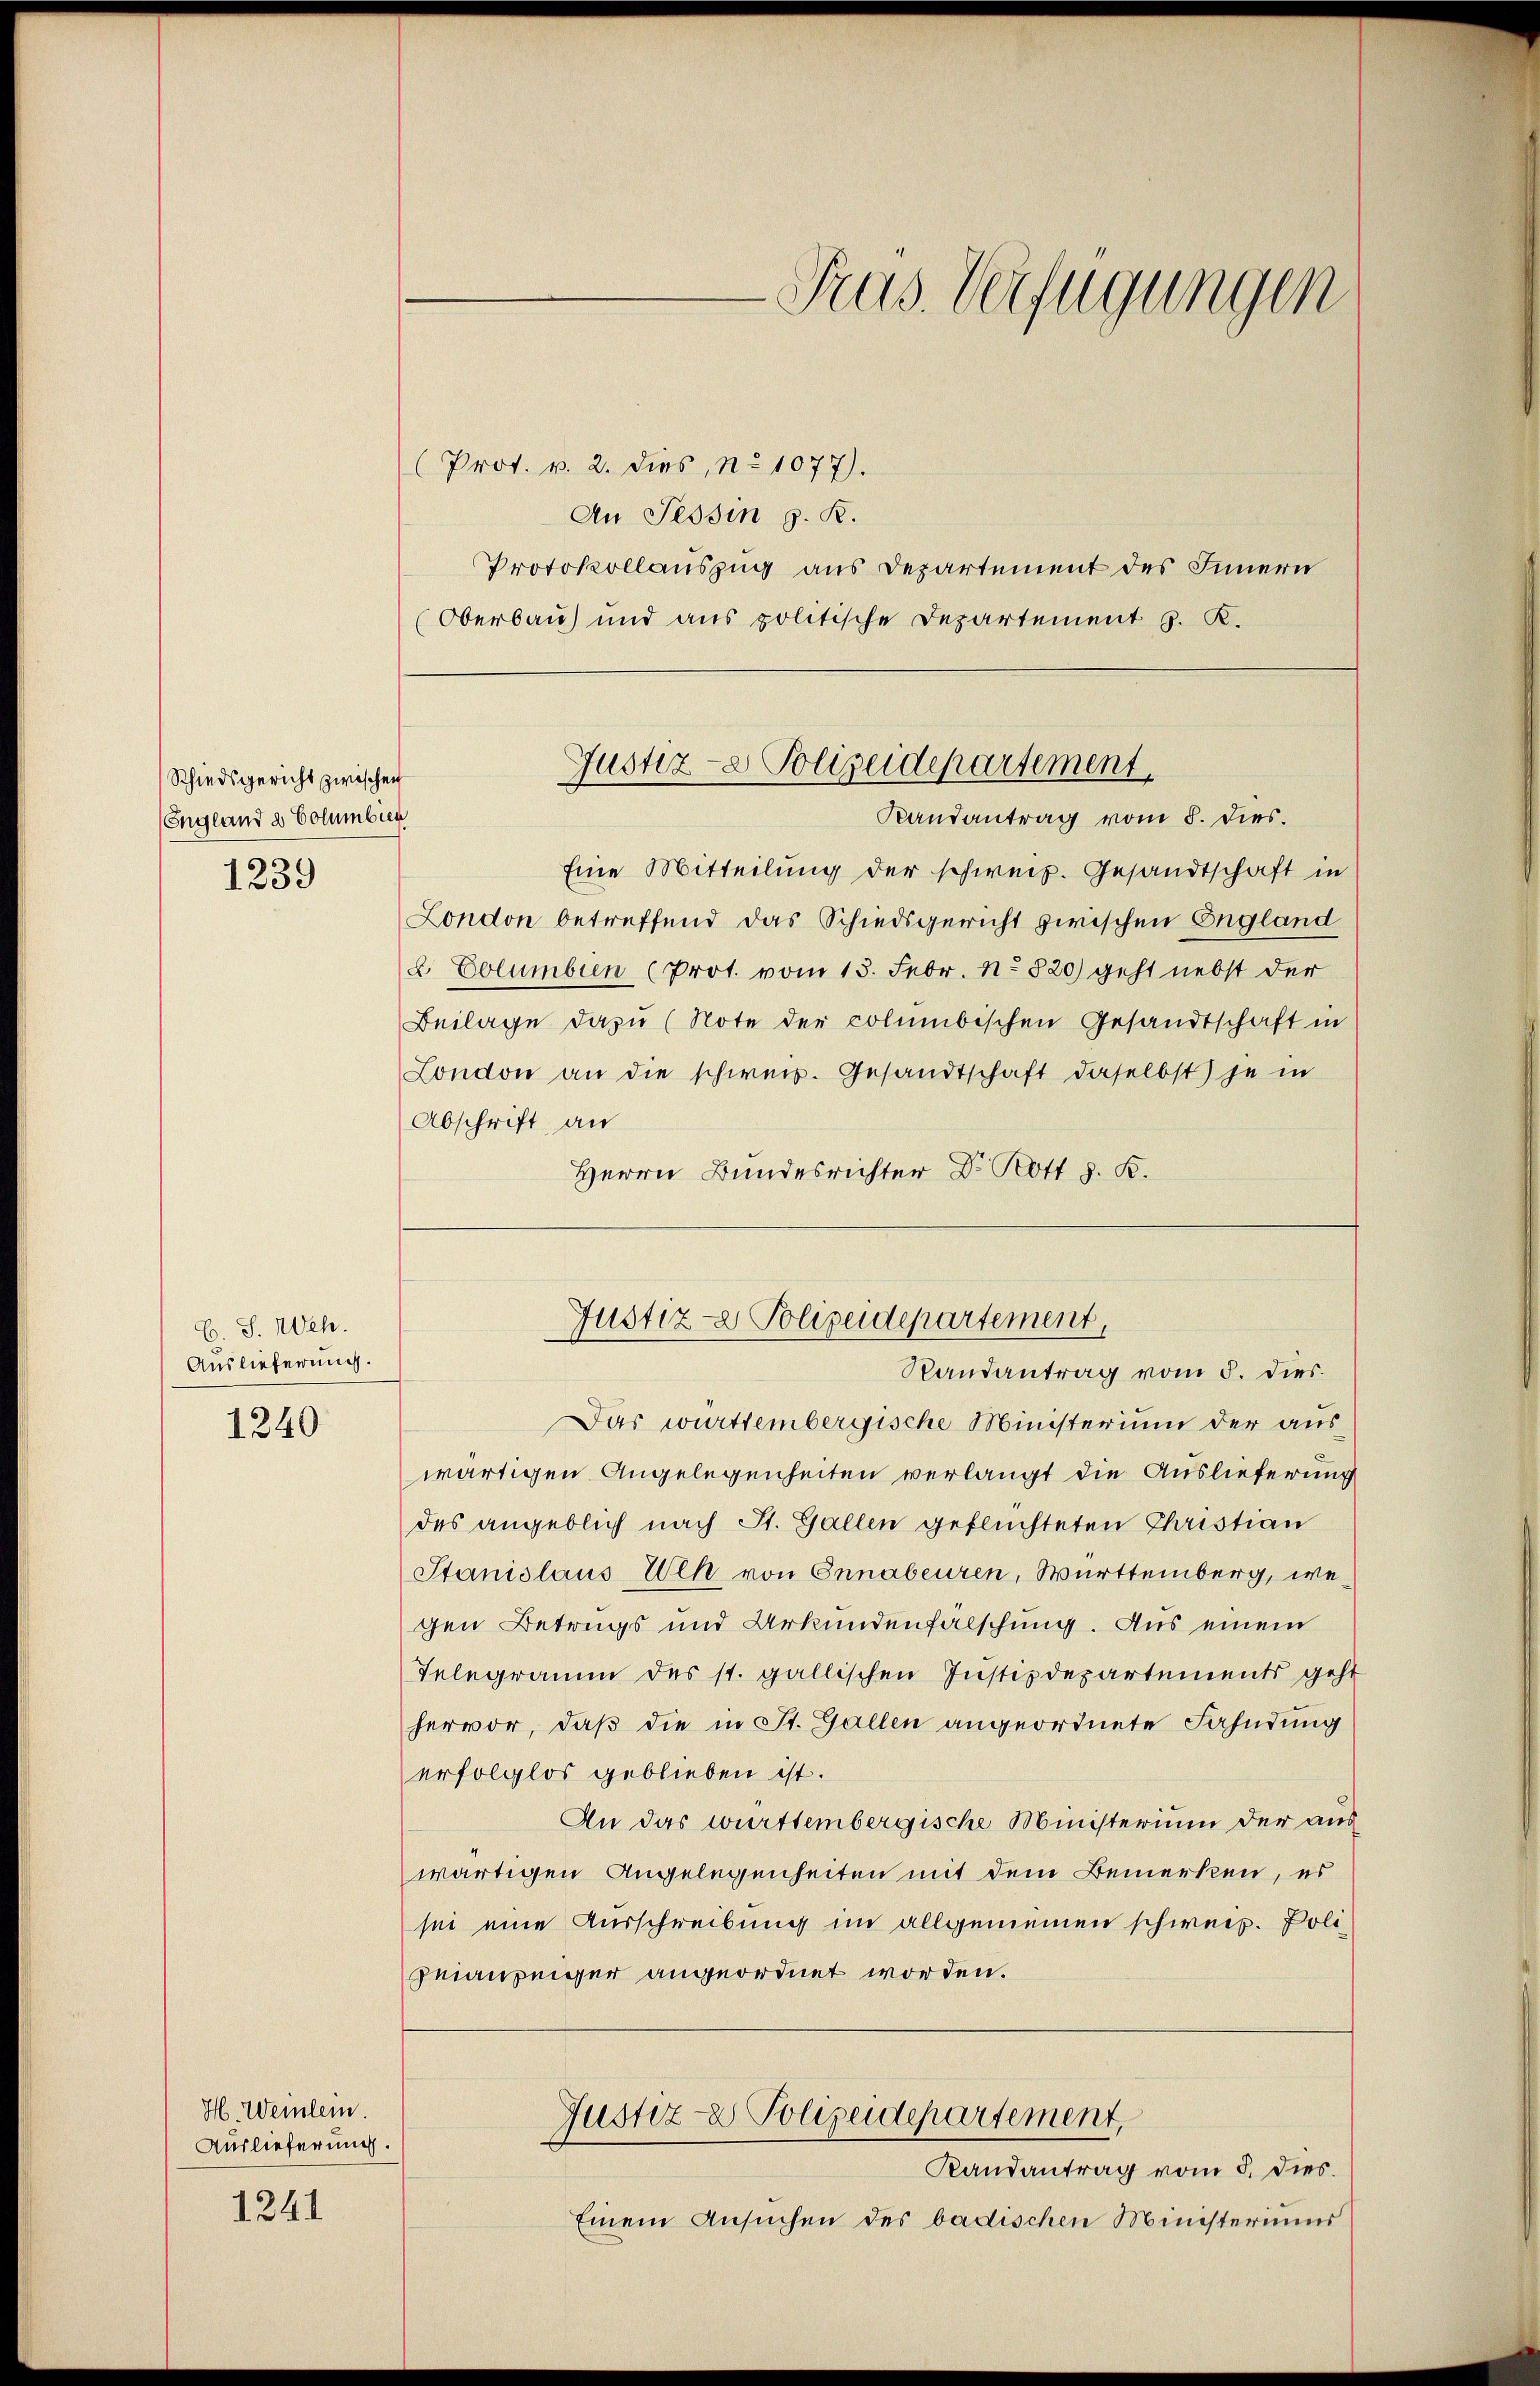
Schiedsgericht zwischen
England des Columbieg
1239

C. S. Neh.
Auslieferung.

1240

H. Weinlein.
Auslieferung.

1241

(Prot. v. 2. dies, n. 1077).
An Tessin z. R.
Protokollauszug aus Departement des Innern
Oberbau und aus politische Departement S. K.

Eine Mitteilung der schweiz. Gesandtschaft in
London betreffend das Schiedsgericht zwischen England
2 Eolumbien (Prot. vom 13. Febr. No 820) geht nebst der
Beilage dazŭ (Note der columbischen Gesandtschaft in
London an die schweiz. Gesandtschaft daselbst je in
Abschrift an
Herrn Bundesrichter Dr. Rott J. K.

Tras. Verfügungen

Justiz- & Polizeidepartement,
Randantrag vom 8. dies

Justiz- & Polizeidepartement
Randantrag vom 5. dies

Das württembergische Ministerium der auswärtigen Angelegenheiten verlangt die Auslieferung
des angeblich nach St. Gallen geflüchteten Christian
Stanislaus Ulk von Ennabeuren, Württemberg, wegen Betrugs und Urkundenfälschung. Aus einem
Telegramm des st. gallischen Instizdepartements geht
hervor, daß die in St. Gallen angeordnete Fahndung
erfolglos geblieben ist.
An das württembergische Ministerium der aus
wärtigen Angelegenheiten mit dem Bemerken, es
sei eine Ausschreibung im allgemeinen schweiz. Poli¬
Geauzeiger angeordnet worden.
Justiz- & Polizeidepartement,
Randantrag vom 5. dies.
Einem Ansuchen des badischen Ministeriums